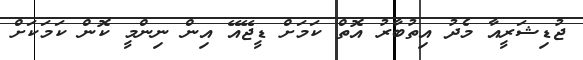
ޖުޑިޝަރީއާ މެދު އިތުބާރު އޮތް ކަމަށް ޑީޖޭއޭ އިން ނިންމީ ކޮން ކަމަކަށް